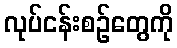
လုပ်ငန်းစဉ်တွေကို